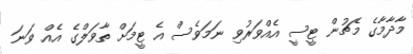
މާދާމާގެ މެޗުން ޓީސީ އެއްވަރުވި ނަމަވެސް އެ ޓީމަށް ތާވަލްގެ އެއް ވަނަ